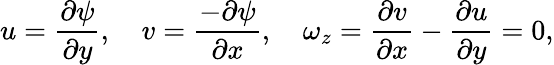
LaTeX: u=\frac{\partial\psi}{\partial y},\quad v=\frac{-\partial\psi}{\partial x},\quad\omega_{z}=\frac{\partial v}{\partial x}-\frac{\partial u}{\partial y}=0,